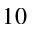
1 0